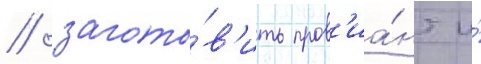
/ загото́в'ить пров'иа́нт и́